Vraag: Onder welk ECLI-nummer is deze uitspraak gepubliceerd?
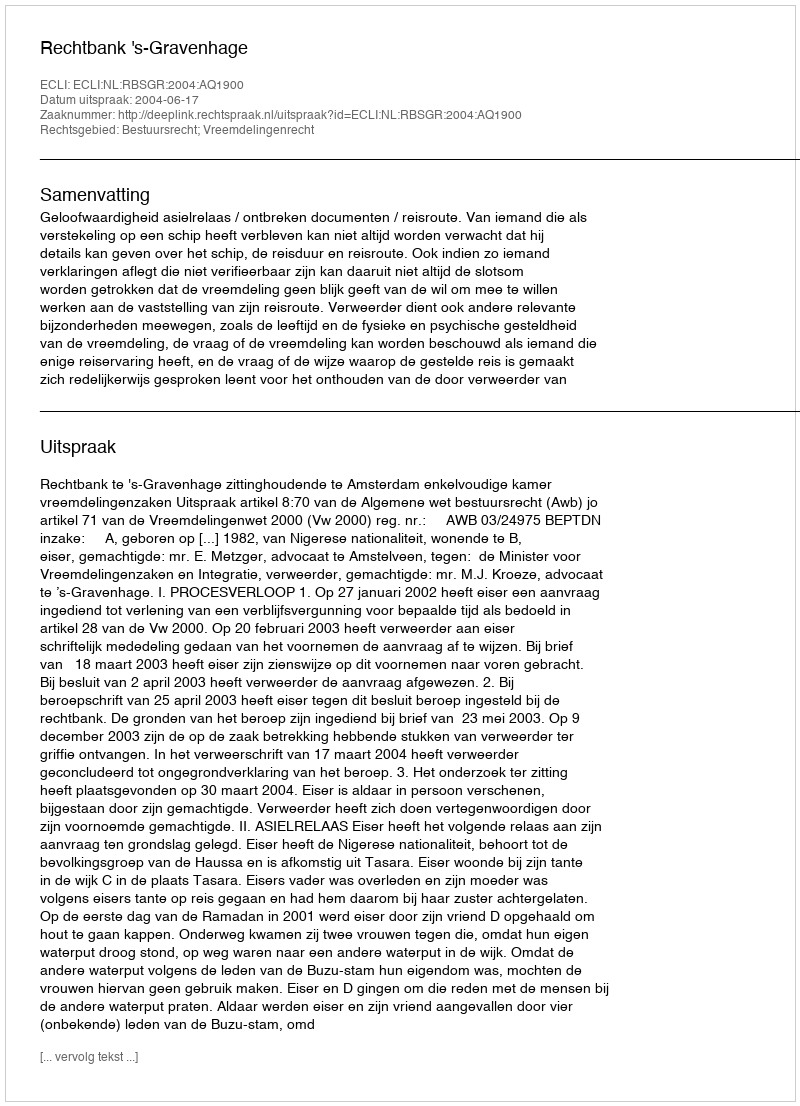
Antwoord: ECLI:NL:RBSGR:2004:AQ1900